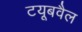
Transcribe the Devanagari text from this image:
टयूबवैल